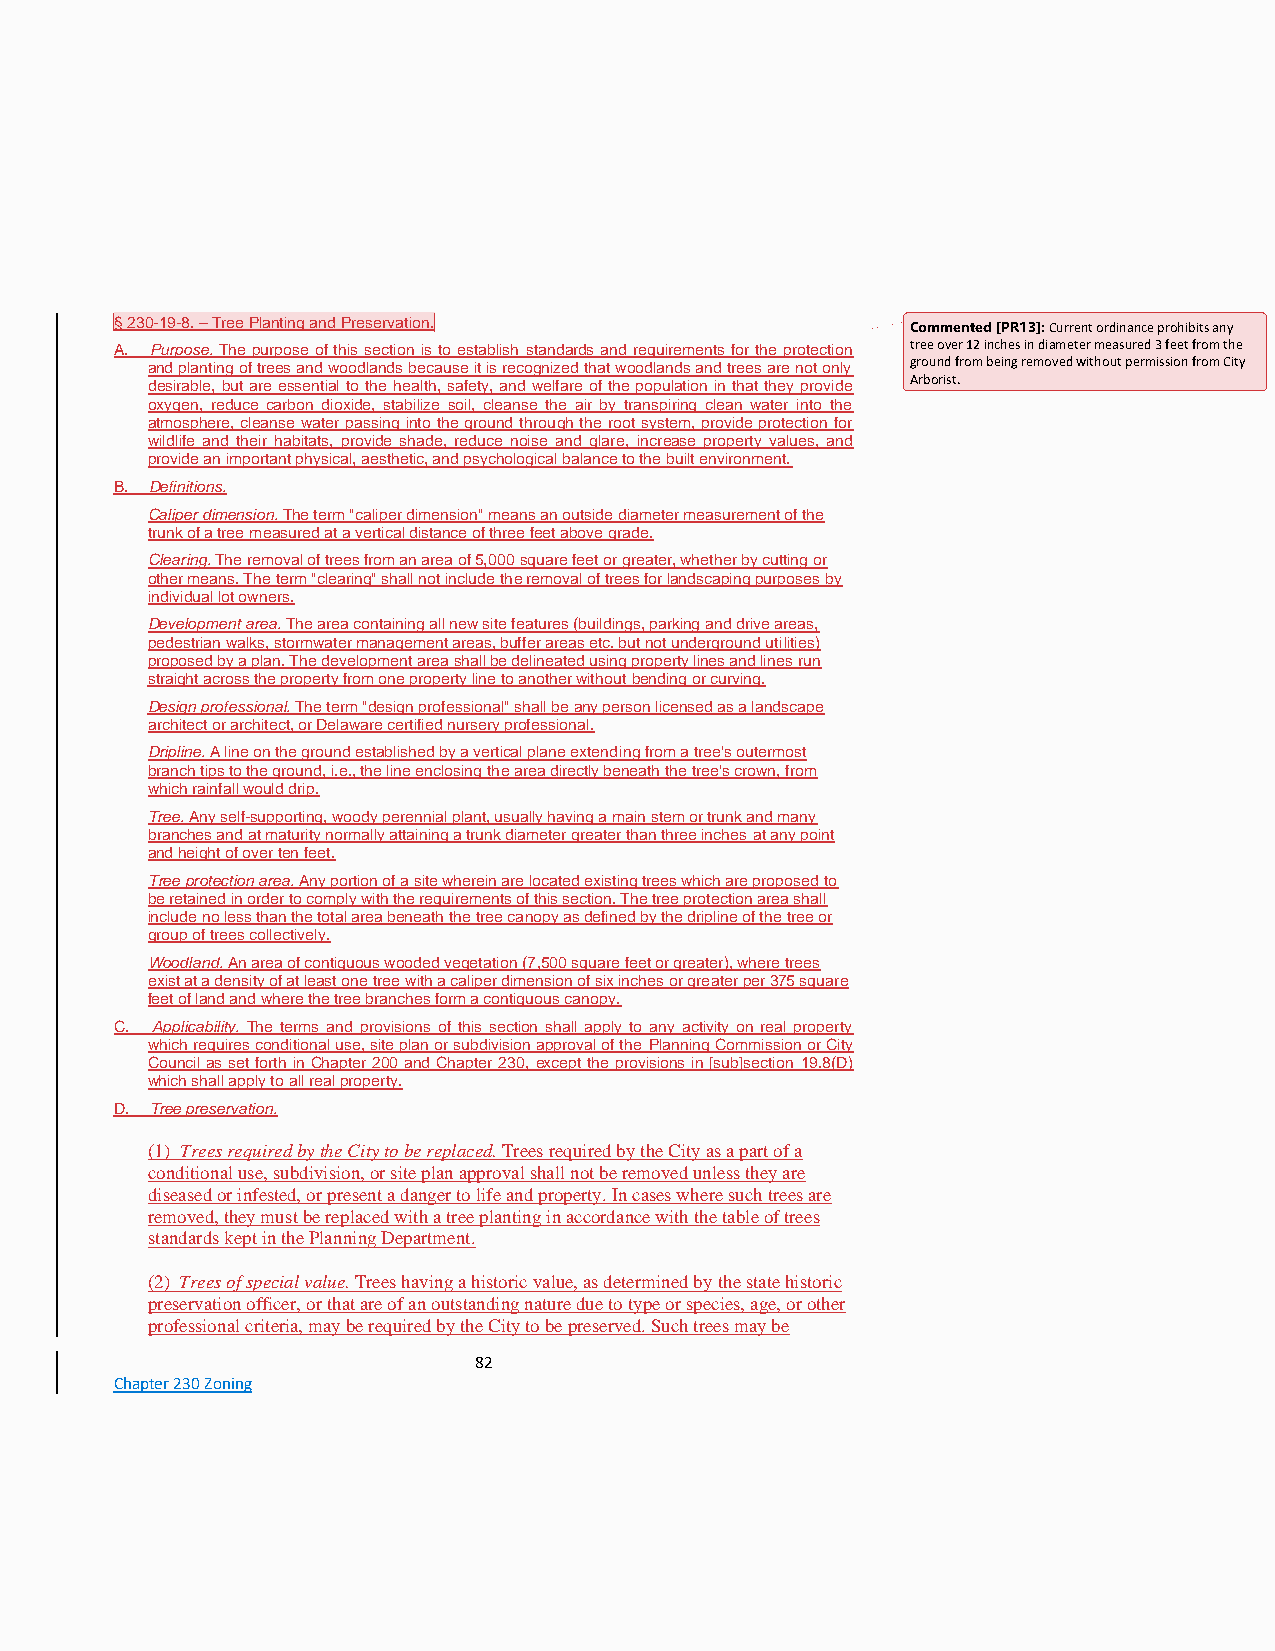
§ 230-19-8. – Tree Planting and Preservation.       Commented [PR13]: Current ordinance prohibits any
 A. Purpose. The purpose of this section is to establish standards and requirements for the protection tree over 12 inches in diameter measured 3 feet from the
 and planting of trees and woodlands because it is recognized that woodlands and trees are not only ground from being removed without permission from City
 desirable, but are essential to the health, safety, and welfare of the population in that they provide Arborist.
 oxygen, reduce carbon dioxide, stabilize soil, cleanse the air by transpiring clean water into the
 atmosphere, cleanse water passing into the ground through the root system, provide protection for
 wildlife and their habitats, provide shade, reduce noise and glare, increase property values, and
 provide an important physical, aesthetic, and psychological balance to the built environment.
 B. Definitions.
 Caliper dimension. The term "caliper dimension" means an outside diameter measurement of the
 trunk of a tree measured at a vertical distance of three feet above grade.
 Clearing. The removal of trees from an area of 5,000 square feet or greater, whether by cutting or
 other means. The term "clearing" shall not include the removal of trees for landscaping purposes by
 individual lot owners.
 Development area. The area containing all new site features (buildings, parking and drive areas,
 pedestrian walks, stormwater management areas, buffer areas etc. but not underground utilities)
 proposed by a plan. The development area shall be delineated using property lines and lines run
 straight across the property from one property line to another without bending or curving.
 Design professional. The term "design professional" shall be any person licensed as a landscape
 architect or architect, or Delaware certified nursery professional.
 Dripline. A line on the ground established by a vertical plane extending from a tree's outermost
 branch tips to the ground, i.e., the line enclosing the area directly beneath the tree's crown, from
 which rainfall would drip.
 Tree. Any self-supporting, woody perennial plant, usually having a main stem or trunk and many
 branches and at maturity normally attaining a trunk diameter greater than three inches at any point
 and height of over ten feet.
 Tree protection area. Any portion of a site wherein are located existing trees which are proposed to
 be retained in order to comply with the requirements of this section. The tree protection area shall
 include no less than the total area beneath the tree canopy as defined by the dripline of the tree or
 group of trees collectively.
 Woodland. An area of contiguous wooded vegetation (7,500 square feet or greater), where trees
 exist at a density of at least one tree with a caliper dimension of six inches or greater per 375 square
 feet of land and where the tree branches form a contiguous canopy.
 C. Applicability. The terms and provisions of this section shall apply to any activity on real property
 which requires conditional use, site plan or subdivision approval of the Planning Commission or City
 Council as set forth in Chapter 200 and Chapter 230, except the provisions in [sub]section 19.8(D)
 which shall apply to all real property.
 D. Tree preservation.
 (1) Trees required by the City to be replaced. Trees required by the City as a part of a
 conditional use, subdivision, or site plan approval shall not be removed unless they are
 diseased or infested, or present a danger to life and property. In cases where such trees are
 removed, they must be replaced with a tree planting in accordance with the table of trees
 standards kept in the Planning Department.
 (2) Trees of special value. Trees having a historic value, as determined by the state historic
 preservation officer, or that are of an outstanding nature due to type or species, age, or other
 professional criteria, may be required by the City to be preserved. Such trees may be
 82
 Chapter 230 Zoning